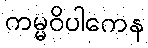
ကမ္မဝိပါကေန